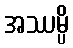
အဿမ္ပိ